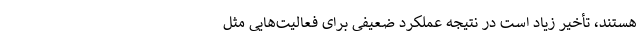
هستند، تأخیر زیاد است در نتیجه عملکرد ضعیفی برای فعالیت‌هایی مثل